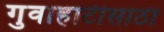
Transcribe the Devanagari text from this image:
गुवाहाटीसाठी